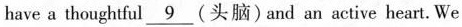
have a thoughtful \underline{9} (头脑) and an active heart.We